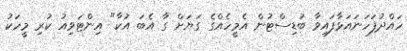
ހައްދުފަހަނައަޅާފައިވާ ބުޑިސްޓުން އެމީހެއްގެ ގަޔަށް ގާ އެބަ އުކާ" އިންޓަވިއު ކުރި މީހަކު